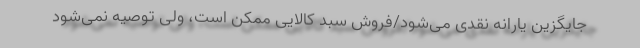
جایگزین یارانه نقدی می‌شود/فروش سبد کالایی ممکن است، ولی توصیه نمی‌شود